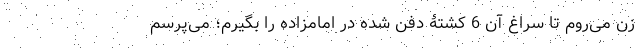
زن می‌روم تا سراغ آن 6 کشتۀ دفن شده در امامزاده را بگیرم؛ می‌پرسم